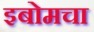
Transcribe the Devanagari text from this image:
इबोमचा